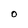
Character: O